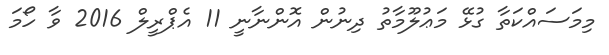
މިމަސައްކަތާ ގުޅޭ މަޢުލޫމާތު ދިނުން އޮންނާނީ 11 އެޕްރީލް 2016 ވާ ހޯމަ